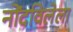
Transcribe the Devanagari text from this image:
नोंदविलेला